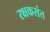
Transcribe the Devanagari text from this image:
रक्षकसंत